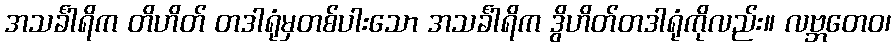
အသင်္ခါရိက တိဟိတ် တဒါရုံမှတစ်ပါးသော အသင်္ခါရိက ဒွိဟိတ်တဒါရုံကိုလည်း။ လဗ္ဘတေဝ၊